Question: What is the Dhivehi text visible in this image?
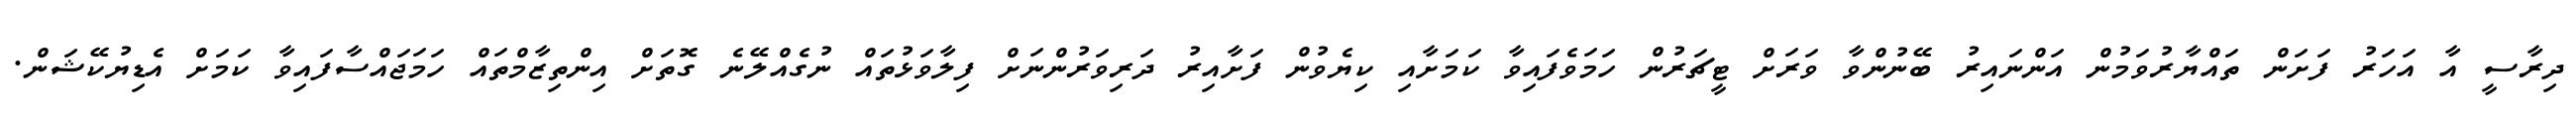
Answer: ދިރާސީ އާ އަހަރު ފަށަން ތައްޔާރުވަމުން އަންނައިރު ބޭނުންވާ ވަރަށް ޓީޗަރުން ހަމަވެފައިވާ ކަމަށާއި ކިޔެވުން ފަށާއިރު ދަރިވަރުންނަށް ފިލާވަޅުތައް ނުގެއްލޭނެ ގޮތަށް އިންތިޒާމްތައް ހަމަޖައްސާފައިވާ ކަމަށް އެޑިޔުކޭޝަން.